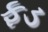
ફડ